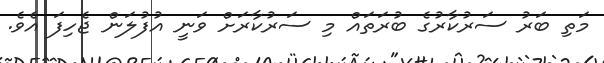
މަތި ބަރު ސަރުކާރުގެ ބުރަތައް މި ސަރުކާރަށް ވަނީ އުފުލަން ޖެހިފަ އެވެ.